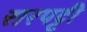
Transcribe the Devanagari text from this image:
रारपट्टी